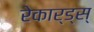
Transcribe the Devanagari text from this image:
रेकार्ड्स्